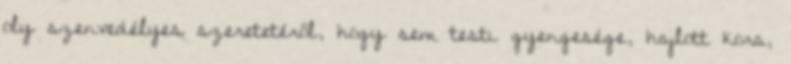
oly szenvedélyes szeretetéről, hogy sem testi gyengesége, hajlott kora,